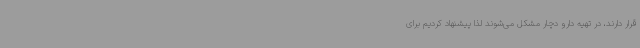
قرار دارند، در تهیه دارو دچار مشکل می‌شوند لذا پیشنهاد کردیم برای